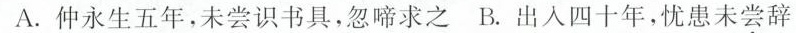
A.仲永生五年，未尝识书具，忽啼求之B.出入四十年，忧患未尝辞